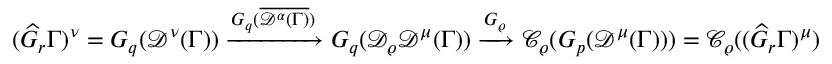
( \widehat { G } _ { r } \Gamma ) ^ { \nu } = G _ { q } ( \mathscr { D } ^ { \nu } ( \Gamma ) ) \xrightarrow { G _ { q } ( \overline { { \mathscr { D } ^ { \alpha } ( \Gamma ) } } ) } G _ { q } ( \mathscr { D } _ { \varrho } \mathscr { D } ^ { \mu } ( \Gamma ) ) \xrightarrow { G _ { \varrho } } \mathscr { C } _ { \varrho } ( G _ { p } ( \mathscr { D } ^ { \mu } ( \Gamma ) ) ) = \mathscr { C } _ { \varrho } ( ( \widehat { G } _ { r } \Gamma ) ^ { \mu } )